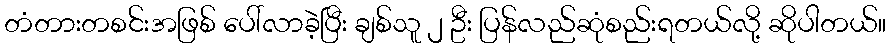
တံတားတစင်းအဖြစ် ပေါ်လာခဲ့ပြီး ချစ်သူ ၂ ဦး ပြန်လည်ဆုံစည်းရတယ်လို့ ဆိုပါတယ်။